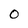
Character: 0